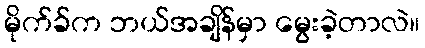
မိုက်ခ်က ဘယ်အချိန်မှာ မွေးခဲ့တာလဲ။